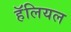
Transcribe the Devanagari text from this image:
हॅलियल